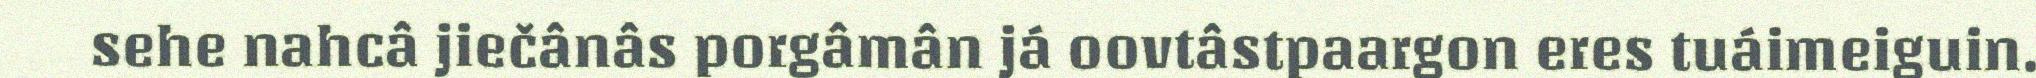
sehe nahcâ jiečânâs porgâmân já oovtâstpaargon eres tuáimeiguin.